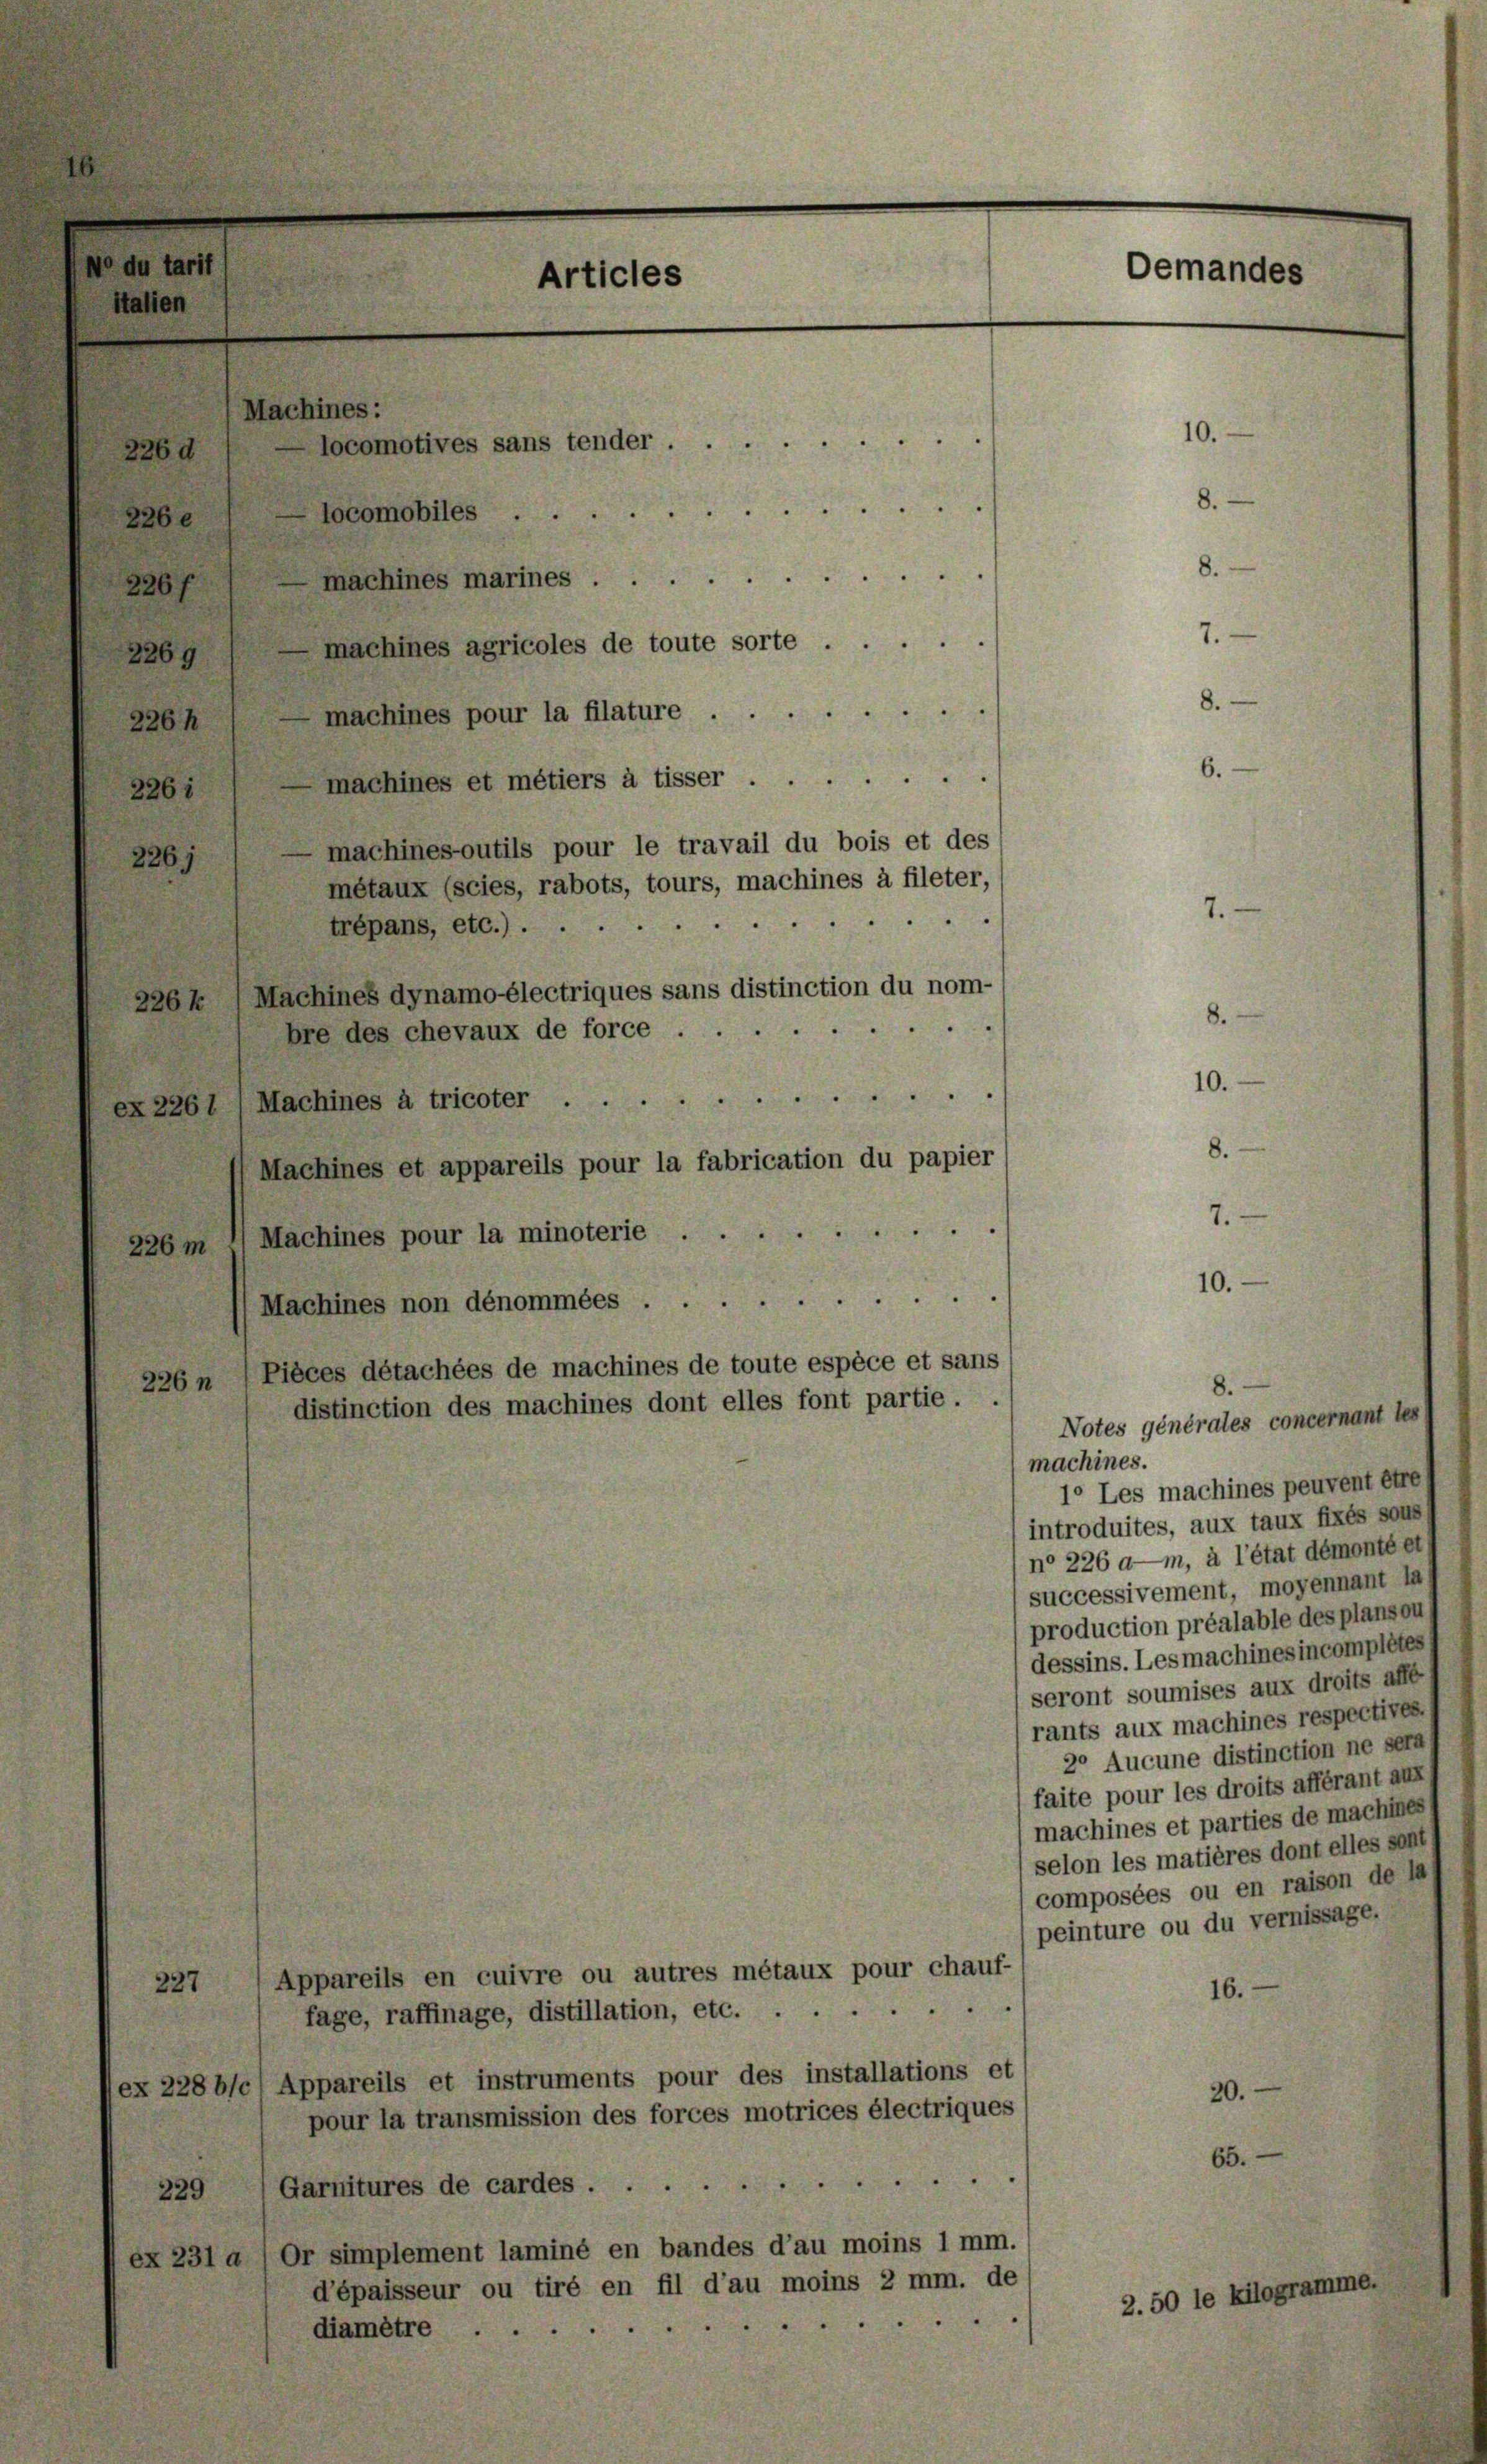
Machines:

226 d
226 e
226 f
maehines agricoles de toute sorte.
2269
machines pour la filature
226h
machines et métiers à tisser
226 i
machines-outils pour le travail du bois et des
226)
métaux (scies, rabots, tours, machines à fileter,
trépans, etc.)
226 k, Machines dynamoélectriques sans distinction du nom-
bre des chevaux de force.

ex 2261 /Machines à tricoter
Machines et appareils pour la fabrication du papier
Machines pour la minoterie
226 m

Machines non dénommées .
226 n /Pièces détachées de machines de toute espèce et sans
distinction des machines dont elles font partie.

ocomotives sans tender
e
machines marines

Articles

machines.

Oemandes

10.

7

10.

10.

8.

Notes générales concernant les
1° Les machines peuvent être
introduites, aux taux fixés sous
n° 226 d—m, à l’état démonté et
(successivement, moyennant la
production préalable des plansou
dessins. Les machines incomplétes
seront soumises aux droits affe
rants aux machines respectives
2° Aucune distinction ne sera
faite pour les droits afférant aux
machines et parties de machines
selon les matières dont elles sont
(composées ou en raison de la
(peinture ou du vernissage.
Appareils en cuivre ou autres métaux pour chauf-
227
16.
.
fage, raffinage, distillation, etc. . ..
ex 228 bsc) Appareils et instruments pour des installations et
20.
pour la transmission des forces motrices électriques
65.
Garnitures de cardes
229
ex 231 a/Or simplement laminé en bandes d’au moins 1 mm.
d’épaisseur ou tiré en fil d’au moins 2 mm. de
2.50 le Kilogramme.

diamêtre ...